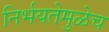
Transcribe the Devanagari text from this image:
निर्भयतेमुळेच